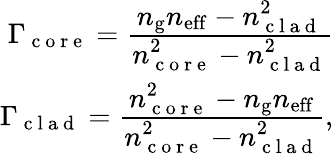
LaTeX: \begin{array}{r}{\Gamma_{\mathrm{~c~o~r~e~}}=\frac{\displaystyle n_{\mathrm{g}}n_{\mathrm{eff}}-n_{\mathrm{~c~l~a~d~}}^{2}}{\displaystyle n_{\mathrm{~c~o~r~e~}}^{2}-n_{\mathrm{~c~l~a~d~}}^{2}}}\\ {\Gamma_{\mathrm{~c~l~a~d~}}=\frac{\displaystyle n_{\mathrm{~c~o~r~e~}}^{2}-n_{\mathrm{g}}n_{\mathrm{eff}}}{\displaystyle n_{\mathrm{~c~o~r~e~}}^{2}-n_{\mathrm{~c~l~a~d~}}^{2}},}\end{array}